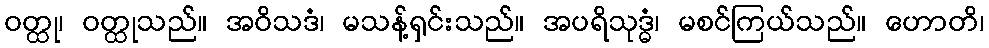
ဝတ္ထု၊ ဝတ္ထုသည်။ အဝိသဒံ၊ မသန့်ရှင်းသည်။ အပရိသုဒ္ဓံ၊ မစင်ကြယ်သည်။ ဟောတိ၊